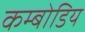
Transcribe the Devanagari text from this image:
कम्बोडिय